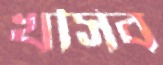
খসিব